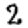
Digit: 2